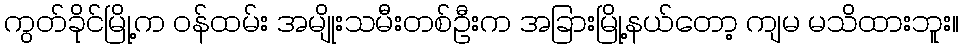
ကွတ်ခိုင်မြို့က ဝန်ထမ်း အမျိုးသမီးတစ်ဦးက အခြားမြို့နယ်တော့ ကျမ မသိထားဘူး။